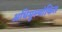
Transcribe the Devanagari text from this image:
अधिमुल्यांकित